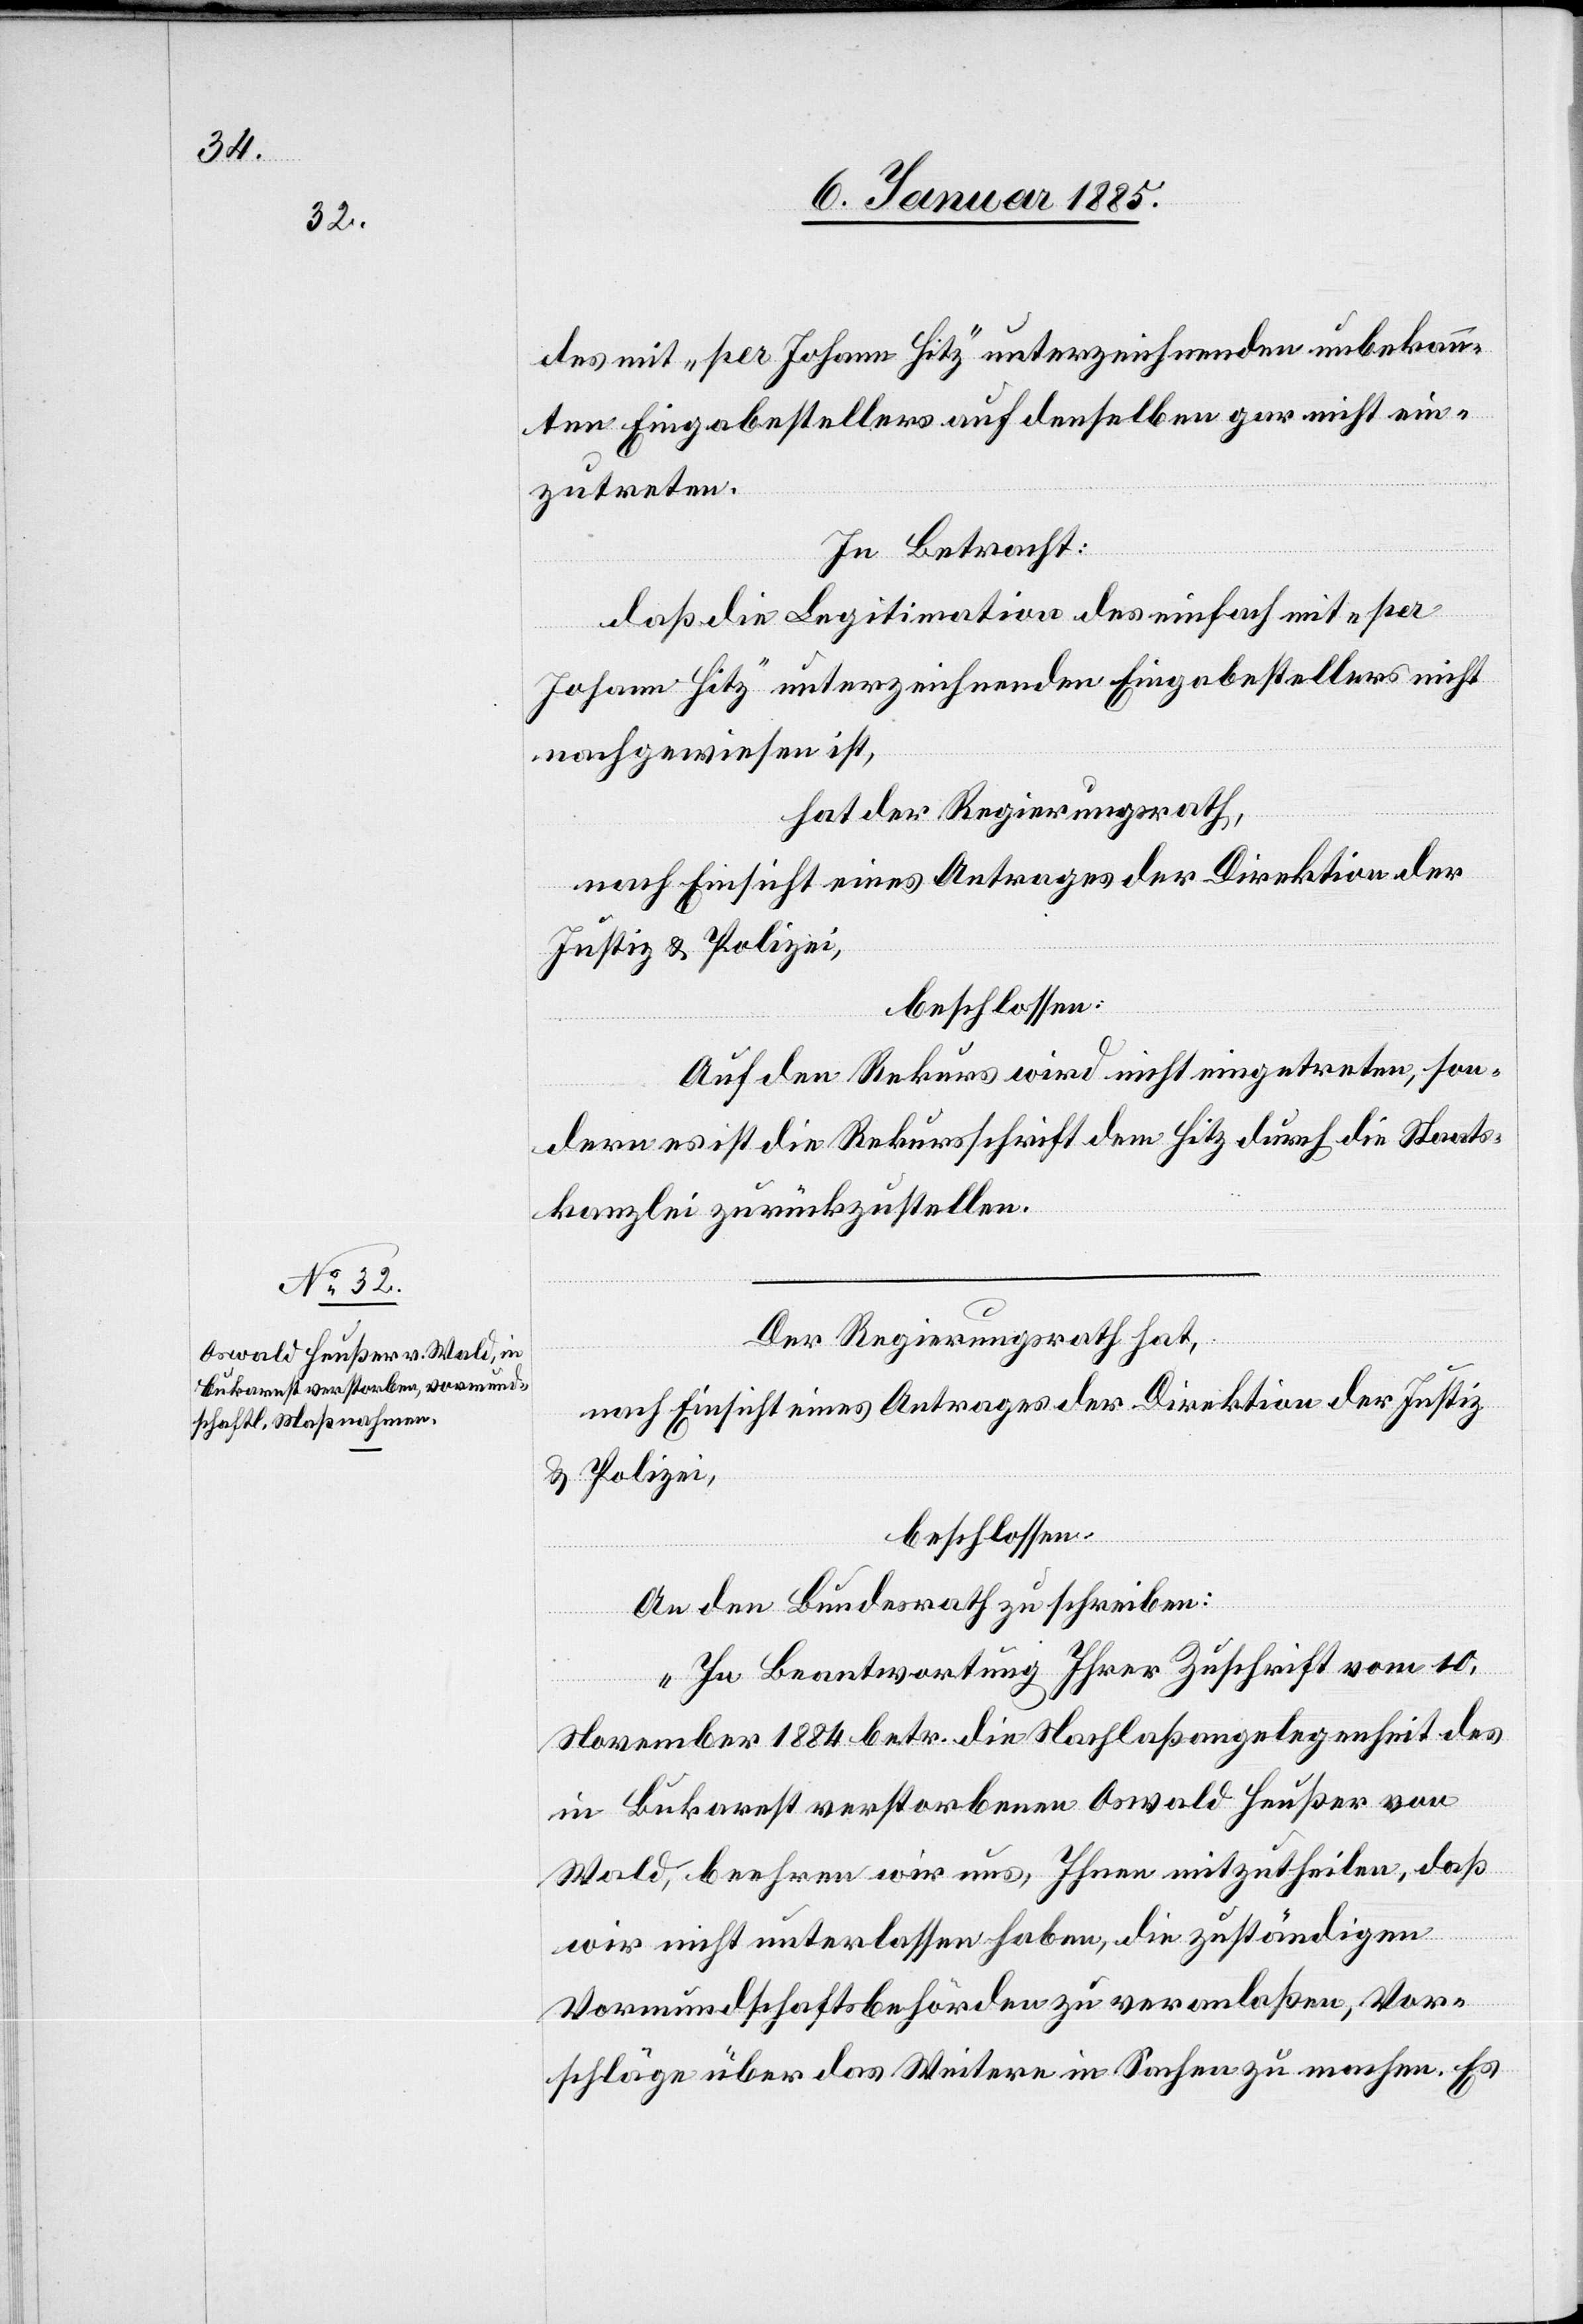
des mit „per Johann Hitz“ unterzeichnenden unbekann¬
ten Eingabestellers auf denselben gar nicht ein¬
zutreten.
In Betracht:
daß die Legitimation des einfach mit „per
Johann Hitz“ unterzeichnenden Eingabestellers nicht
nachgewiesen ist,
beschlossen:
Auf den Rekurs wird nicht eingetreten, son¬
dern es ist die Rekursschrift dem Hitz durch die Staats¬
kanzlei zurückzustellen.
Der Regierungsrath hat,
nach Einsicht eines Antrages der Direktion der Justiz
& Polizei,
beschlossen:
An den Bundesrath zu schreiben:
„In Beantwortung Ihrer Zuschrift vom 10.
November 1884 betr. die Nachlaßangelegenheit es
in Bukarest verstorbenen Oswald Heußer von
Wald, beehren wir uns, Ihnen mitzutheilen, daß
wir nicht unterlassen haben, die zuständigen
Vormundschaftsbehörden zu veranlaßen, Vor¬
schläge über das Weitere in Sachen zu machen. Es